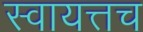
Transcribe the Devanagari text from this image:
स्वायत्तच